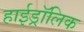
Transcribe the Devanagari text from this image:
हाईड्रॉलिक